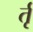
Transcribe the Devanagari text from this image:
र्तृ